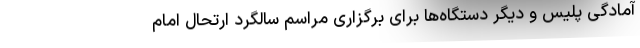
آمادگی پلیس و دیگر دستگاه‌ها برای برگزاری مراسم سالگرد ارتحال امام